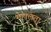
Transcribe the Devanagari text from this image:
महालता